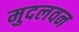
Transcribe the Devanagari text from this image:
मुदलवन